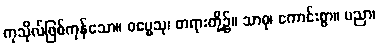
ကုသိုလ်ဖြစ်ကုန်သော။ ဓမ္မေသု၊ တရားတို့၌။ သာဓု၊ ကောင်းစွာ။ ပညာ၊